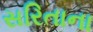
સરિતાના